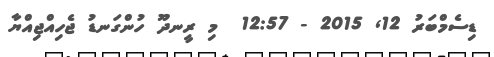
ޑިސެމްބަރު 12